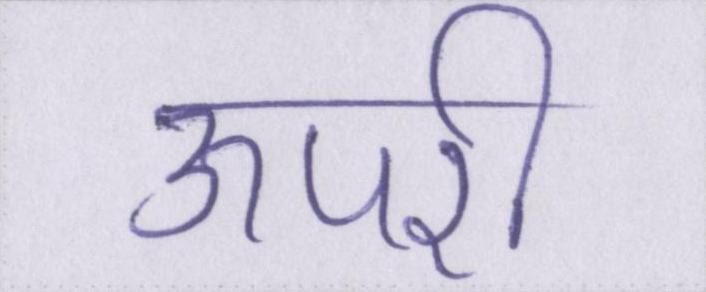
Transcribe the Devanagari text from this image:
ऊपरी